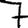
Digit: 7